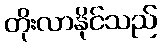
တိုးလာနိုင်သည်